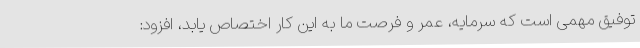
توفیق مهمی است که سرمایه، عمر و فرصت ما به این کار اختصاص یابد، افزود: